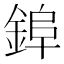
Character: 𮢌